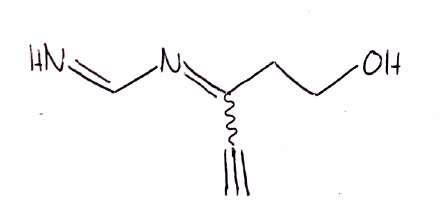
Simplified molecular-input line-entry system (SMILES) notation of the given molecule:
C#CC(=NC=N)CCO